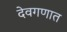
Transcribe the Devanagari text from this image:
देवगणात